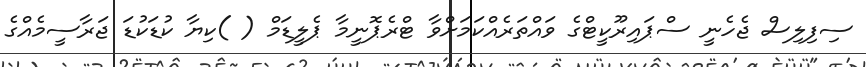
ސިފިލިސް ޖެހެނީ ސްޕައިރޫކީޓްގެ ވައްތަރެއްކަމަށްވާ ޓްރެޕޮނީމާ ޕެލީޑަމް ( )ކިޔާ ކުޑަކުޑަ ޖަރާސީމެއްގެ